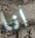
انا